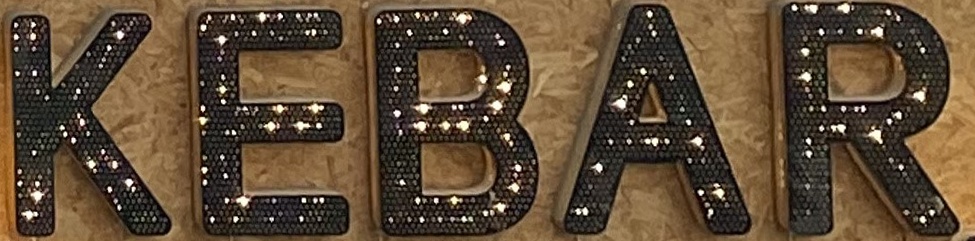
KEBAR